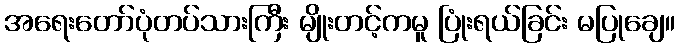
အရေးတော်ပုံတပ်သားကြီး မျိုးတင့်ကမူ ပြုံးရယ်ခြင်း မပြုချေ။